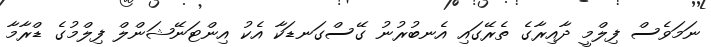
ނަމަވެސް ފިލްމީ ދާއިރާގެ ތެރޭގައި އެނބުރުނު ގޭސްގަނޑަކާ އެކު އިންޓަނޭޝަންލް ފިލްމުގެ ޑްރާމާ